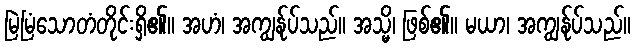
မြဲမြံသောတံတိုင်းရှိ၏။ အဟံ၊ အကျွန်ုပ်သည်။ အသ္မိ၊ ဖြစ်၏။ မယာ၊ အကျွန်ုပ်သည်။